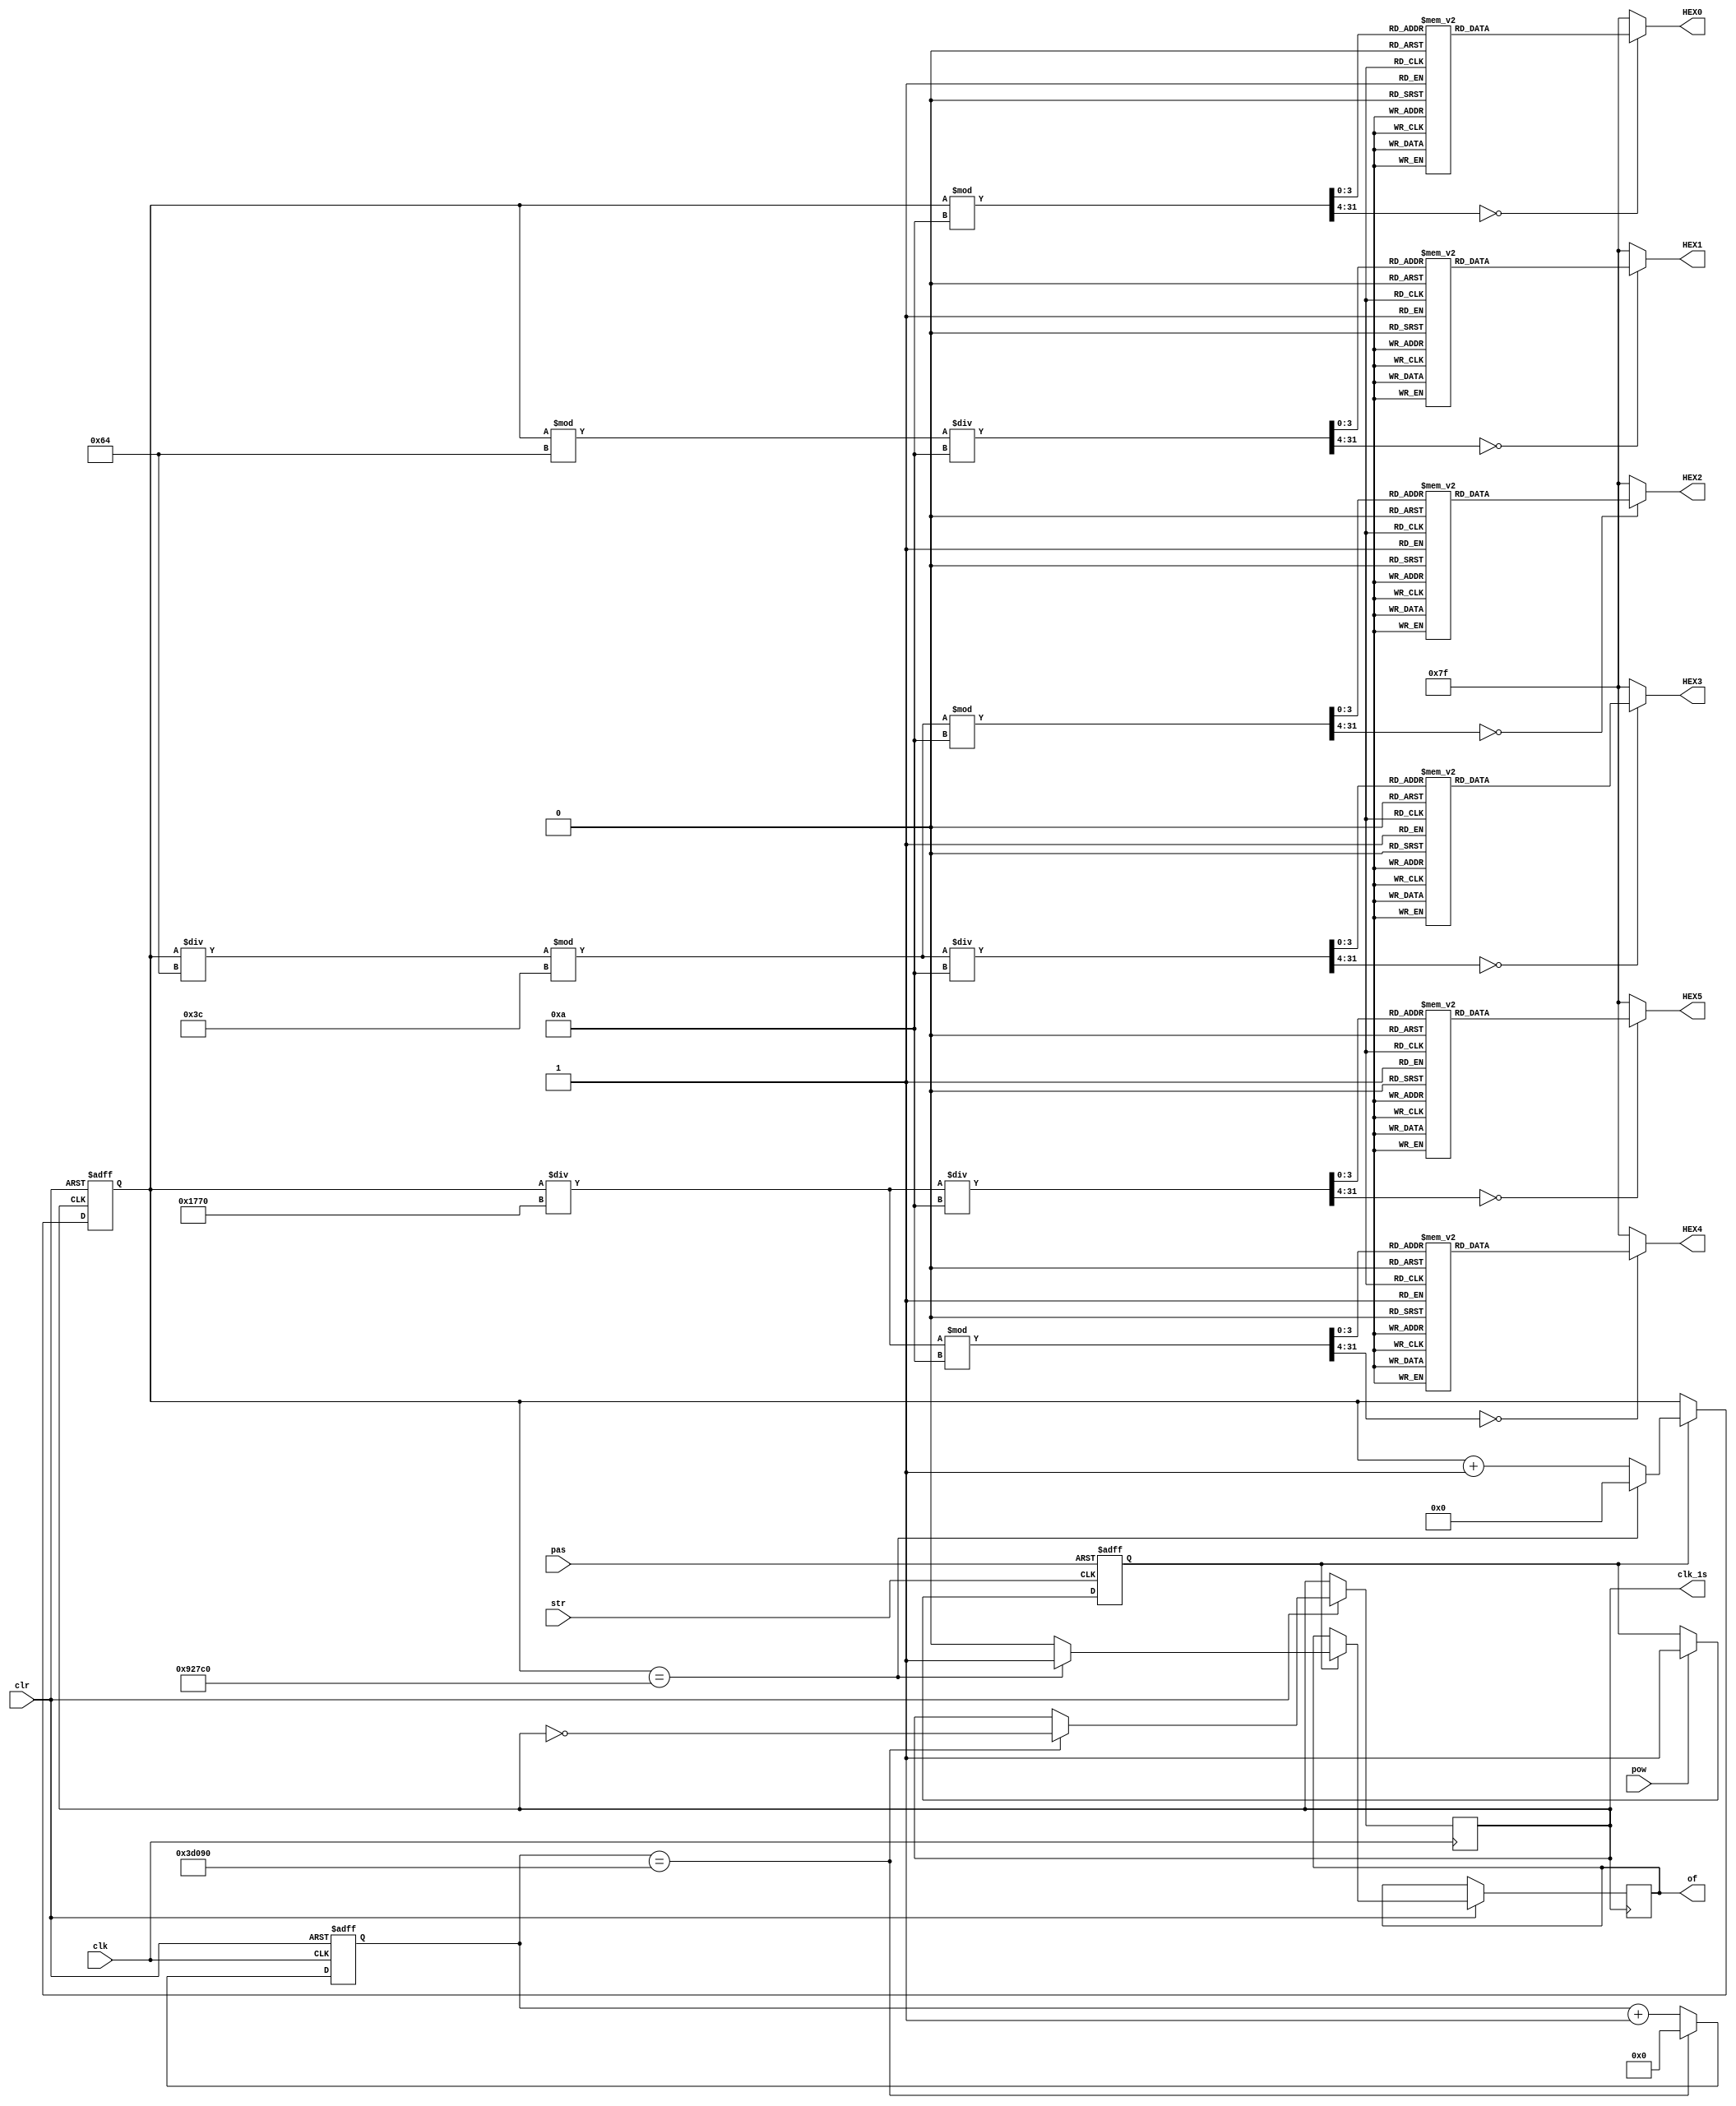
module Timer(pow,clk,str,pas,clr,of,clk_1s,HEX0,HEX1,HEX2,HEX3,HEX4,HEX5);
	input pow,clk;
	input str,pas,clr;
	output reg clk_1s,of;
	output  reg [6:0] HEX0,HEX1,HEX2,HEX3,HEX4,HEX5;
	reg [19:0] count;
	reg [24:0] count_clk;
	reg en;
	
	initial begin
	count_clk=0;
	count=0;
	en=0;
	end
	
	always @(posedge clk or negedge clr)
	begin
			if(!clr)
				count_clk<=0;
			else if(count_clk==250000)
			begin
				clk_1s<=~clk_1s;
				count_clk<=0;
			end
			else
				count_clk<=count_clk+1;			
	end
		
		
	always @(posedge clk_1s or negedge clr)
	begin
		if(!clr)
			count<=0;
		else if(!en)
			count<=count;
		else if(count==600000)
		begin
			count<=0;
			of<=1;
		end
		else
		begin
			count<=count+1;	
			of<=0;
		end
	end
	
	always @(count)
	begin
		case (count%10)
			0: HEX0=7'b1000000;
			1: HEX0=7'b1111001;
			2: HEX0=7'b0100100;
			3: HEX0=7'b0110000;
			4: HEX0=7'b0011001;
			5: HEX0=7'b0010010;
			6: HEX0=7'b0000010;
			7: HEX0=7'b1111000;
			8: HEX0=7'b0000000;
			9: HEX0=7'b0010000;
			default: HEX0=7'b1111111;
		endcase
		case ((count%100)/10)
			0: HEX1=7'b1000000;
			1: HEX1=7'b1111001;
			2: HEX1=7'b0100100;
			3: HEX1=7'b0110000;
			4: HEX1=7'b0011001;
			5: HEX1=7'b0010010;
			6: HEX1=7'b0000010;
			7: HEX1=7'b1111000;
			8: HEX1=7'b0000000;
			9: HEX1=7'b0010000;
			default: HEX1=7'b1111111;
		endcase		
		case ((count/100%60)%10)
			0: HEX2=7'b1000000;
			1: HEX2=7'b1111001;
			2: HEX2=7'b0100100;
			3: HEX2=7'b0110000;
			4: HEX2=7'b0011001;
			5: HEX2=7'b0010010;
			6: HEX2=7'b0000010;
			7: HEX2=7'b1111000;
			8: HEX2=7'b0000000;
			9: HEX2=7'b0010000;
			default: HEX2=7'b1111111;
		endcase	
		case ((count/100%60)/10)
			0: HEX3=7'b1000000;
			1: HEX3=7'b1111001;
			2: HEX3=7'b0100100;
			3: HEX3=7'b0110000;
			4: HEX3=7'b0011001;
			5: HEX3=7'b0010010;
			6: HEX3=7'b0000010;
			7: HEX3=7'b1111000;
			8: HEX3=7'b0000000;
			9: HEX3=7'b0010000;
			default: HEX3=7'b1111111;
		endcase		
		case ((count/6000)%10)
			0: HEX4=7'b1000000;
			1: HEX4=7'b1111001;
			2: HEX4=7'b0100100;
			3: HEX4=7'b0110000;
			4: HEX4=7'b0011001;
			5: HEX4=7'b0010010;
			6: HEX4=7'b0000010;
			7: HEX4=7'b1111000;
			8: HEX4=7'b0000000;
			9: HEX4=7'b0010000;
			default: HEX4=7'b1111111;
		endcase		
		case ((count/6000)/10)
			0: HEX5=7'b1000000;
			1: HEX5=7'b1111001;
			2: HEX5=7'b0100100;
			3: HEX5=7'b0110000;
			4: HEX5=7'b0011001;
			5: HEX5=7'b0010010;
			6: HEX5=7'b0000010;
			7: HEX5=7'b1111000;
			8: HEX5=7'b0000000;
			9: HEX5=7'b0010000;
			default: HEX5=7'b1111111;
		endcase			
	end
	
	always @(negedge str or negedge pas)
	begin
		if(!pas)
			en<=0;
		else if(pow)
			en<=1;
	end
	
	


endmodule